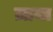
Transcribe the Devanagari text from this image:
ज़ाया